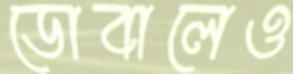
ডোবালেও